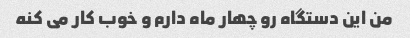
من این دستگاه رو چهار ماه دارم و خوب کار می کنه